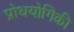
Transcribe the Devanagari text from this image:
प्रोधयोगिकी